画像に写った文字を読んでください
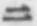
「ニ」と書いてあります